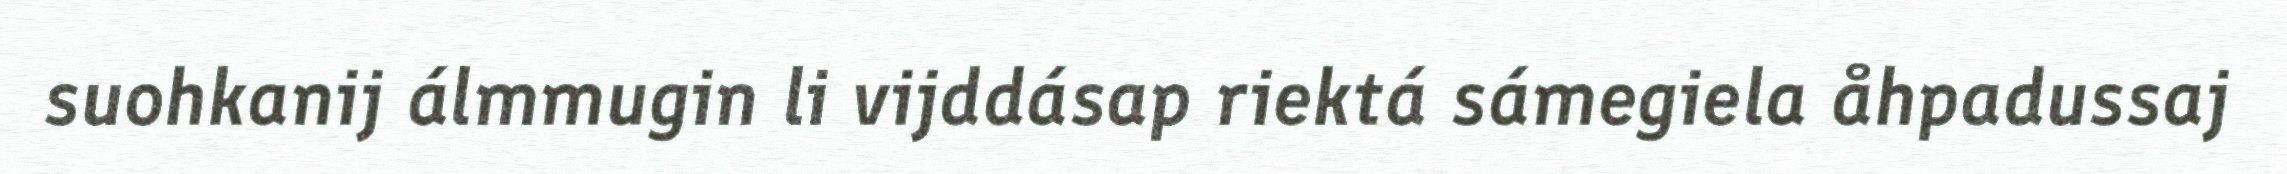
suohkanij álmmugin li vijddásap riektá sámegiela åhpadussaj